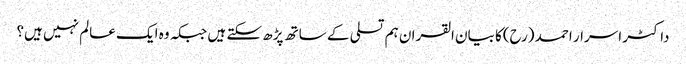
داکٹر اسرار احمد (رح)کا بیان القران ہم تسلی کے ساتھ پڑھ سکتے ہیں جبکہ وہ ایک عالم نہیں ہیں؟